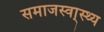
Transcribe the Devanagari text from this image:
समाजस्वा्स्थ्य